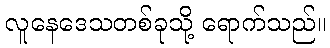
လူနေဒေသတစ်ခုသို့ ရောက်သည်။